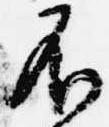
不